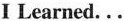
I Learned\ldots